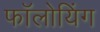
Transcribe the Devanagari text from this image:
फॉलोयिंग